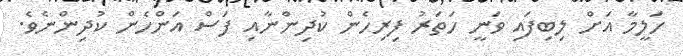
ހަލީމާ އަށް ލިބިފައި ވަނީ ހަތަރު ފިރިހެން ކުދިންނާއި ފަސް އަންހެން ކުދިންނެވެ.